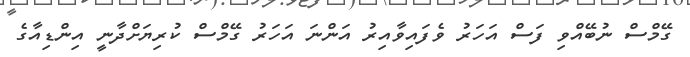
ގޭމްސް ނުބޭއްވި ފަސް އަހަރު ވެފައިވާއިރު އަންނަ އަހަރު ގޭމްސް ކުރިޔަށްދާނީ އިންޑިއާގެ